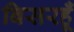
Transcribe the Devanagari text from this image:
बिसरहूँ